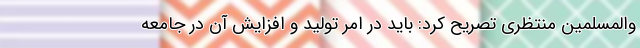
والمسلمین منتظری تصریح کرد: باید در امر تولید و افزایش آن در جامعه